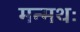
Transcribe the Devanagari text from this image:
मन्मथः